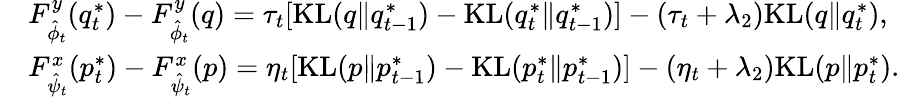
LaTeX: \begin{array}{rl}&{F_{\hat{\phi}_{t}}^{y}(q_{t}^{*})-F_{\hat{\phi}_{t}}^{y}(q)=\tau_{t}[\mathrm{KL}(q\| q_{t-1}^{*})-\mathrm{KL}(q_{t}^{*}\| q_{t-1}^{*})]-(\tau_{t}+\lambda_{2})\mathrm{KL}(q\| q_{t}^{*}),}\\ &{F_{\hat{\psi}_{t}}^{x}(p_{t}^{*})-F_{\hat{\psi}_{t}}^{x}(p)=\eta_{t}[\mathrm{KL}(p\| p_{t-1}^{*})-\mathrm{KL}(p_{t}^{*}\| p_{t-1}^{*})]-(\eta_{t}+\lambda_{2})\mathrm{KL}(p\| p_{t}^{*}).}\end{array}